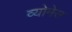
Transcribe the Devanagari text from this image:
व्योमेस